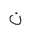
Letter: _non